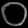
Digit: ၀